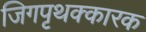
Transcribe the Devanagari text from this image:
जिगपृथक्कारक